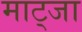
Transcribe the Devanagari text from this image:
माट्जा